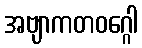
အဗျာကတဝဂ္ဂေါ